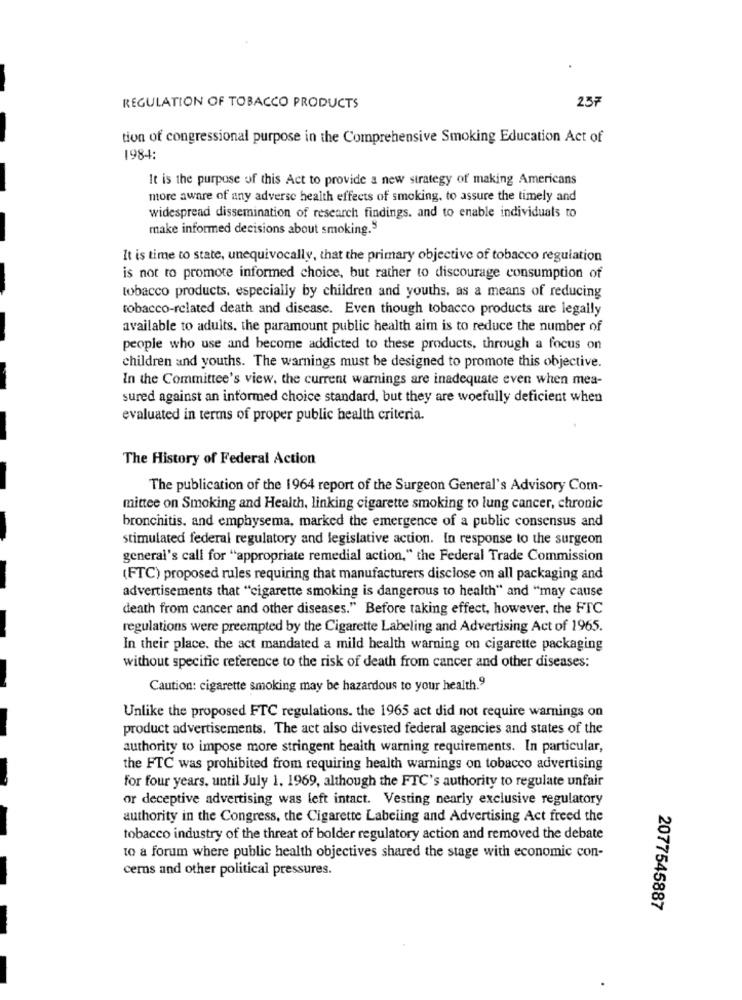
.
REGULATION OF TOBACCO PRODUCTS
tion of congressional purpose in the Comprehensive Smoking Education Act of
1984:
It is the purpose of this Act to provide a new strategy of making Americans
more aware of any adverse health effects of smoking, to assure the timely and
widespread dissemination of research findings. and to enable individuals to
make informed decisions about smoking.5
It is time to state, unequivocally, that the primary objective of tobacco regulation
is not to promote informed choice, but rather to discourage consumption of
tobacco products, especially by children and youths, as a means of reducing
tobacco-related death and disease. Even though tobacco products are legally
available to adults. the paramount public health aim is to reduce the number of
people who use and become addicted to these products, through a focus on
children and youths. The warnings must be designed to promote this objective.
In the Committee's view, the current warnings are inadequate even when mea-
sured against an informed choice standard, but they are woefully deficient when
evaluated in terms of proper public health criteria.
The History of Federal Action
The publication of the 1964 report of the Surgeon General's Advisory Com-
mittee on Smoking and Health, linking cigarette smoking to lung cancer, chronic
bronchitis. and emphysema, marked the emergence of a public consensus and
stimulated federal regulatory and legislative action. In response to the surgeon
general's call for "appropriate remedial action," the Federal Trade Commission
(FTC) proposed rules requiring that manufacturers disclose on all packaging and
advertisements that "cigarette smoking is dangerous to health" and "may cause
death from cancer and other diseases." Before taking effect, however, the FTC
regulations were preempted by the Cigarette Labeling and Advertising Act of 1965.
In their place. the act mandated a mild health warning on cigarette packaging
without specific reference to the risk of death from cancer and other diseases:
Caution: cigarette smoking may be hazardous to your health.9
Unlike the proposed FTC regulations. the 1965 act did not require warnings on
product advertisements. The act also divested federal agencies and states of the
authority to impose more stringent health warning requirements. In particular,
the FTC was prohibited from requiring health warnings on tobacco advertising
for four years, until July 1. 1969, although the FTC's authority to regulate unfair
or deceptive advertising was left intact. Vesting nearly exclusive regulatory
authority in the Congress, the Cigarette Labeling and Advertising Act freed the
tobacco industry of the threat of bolder regulatory action and removed the debate
to a forum where public health objectives shared the stage with economic con-
cerns and other political pressures.
2077545887